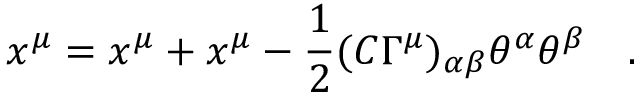
x ^ { \mu } = x ^ { \mu } + x ^ { \mu } - { \frac { 1 } { 2 } } ( C \Gamma ^ { \mu } ) _ { \alpha \beta } \theta ^ { \alpha } \theta ^ { \beta } \quad .